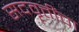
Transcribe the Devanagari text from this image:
सदवृत्तींचा